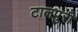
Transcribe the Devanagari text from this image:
टालपुरी